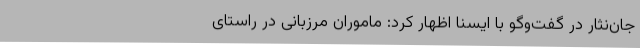
جان‌نثار در گفت‌وگو با ایسنا اظهار کرد: ماموران مرزبانی در راستای